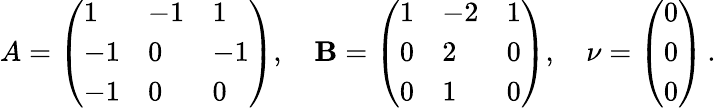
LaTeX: A=\left(\begin{array}{lll}{1}&{-1}&{1}\\ {-1}&{0}&{-1}\\ {-1}&{0}&{0}\end{array}\right),\quad\mathbf{B}=\left(\begin{array}{lll}{1}&{-2}&{1}\\ {0}&{2}&{0}\\ {0}&{1}&{0}\end{array}\right),\quad\nu=\left(\begin{array}{l}{0}\\ {0}\\ {0}\end{array}\right)\, .